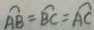
\widehat { A B } = \widehat { B C } = \widehat { A C }